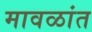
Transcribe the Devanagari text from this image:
मावळांत